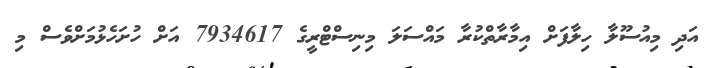
އަދި މިއުސޫލާ ހިލާފަށް އިމާރާތްކުރާ މައްސަލަ މިނިސްޓްރީގެ 7934617 އަށް ހުށަހެޅުމަށްވެސް މި